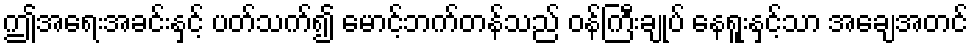
ဤအရေးအခင်းနှင့် ပတ်သက်၍ မောင့်ဘက်တန်သည် ဝန်ကြီးချုပ် နေရူးနှင့်သာ အချေအတင်